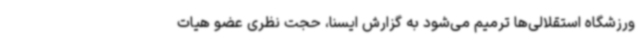
ورزشگاه استقلالی‌ها ترمیم می‌شود به گزارش ایسنا، حجت نظری عضو هیات